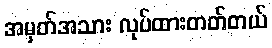
အမှတ်အသား လုပ်ထားတတ်တယ်